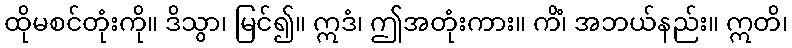
ထိုမစင်တုံးကို။ ဒိသွာ၊ မြင်၍။ ဣဒံ၊ ဤအတုံးကား။ ကိံ၊ အဘယ်နည်း။ ဣတိ၊